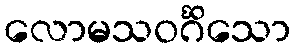
လောမသဝင်္ဂိသော